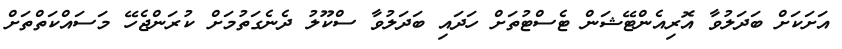
އަށަކަށް ބަދަލުވާ އޮރިއެންޓޭޝަން ޓެސްޓުތަށް ހަދައި ބަދަލުވާ ސްކޫލު ދެނެގަތުމަށް ކުރަންޖެހޭ މަސައްކަތްތަށް